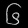
Digit: ၆